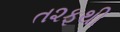
ત૨ફથી